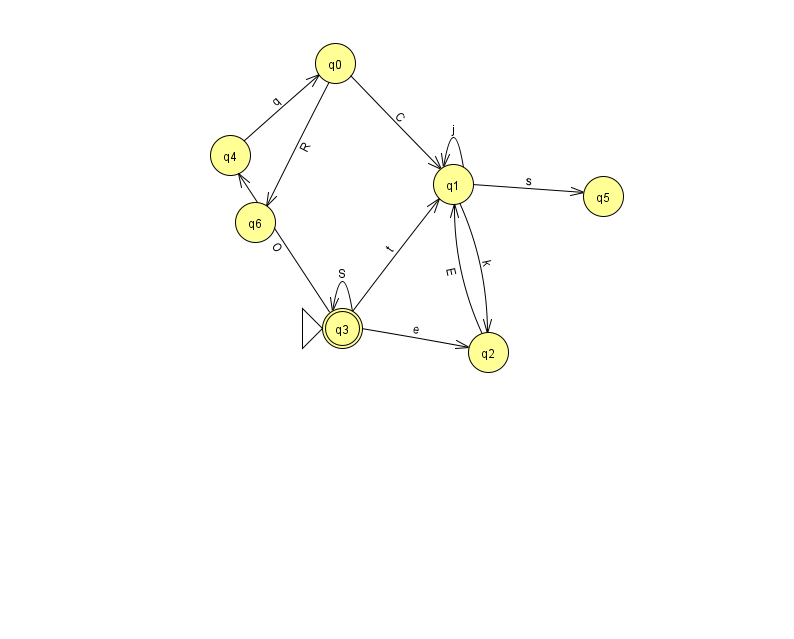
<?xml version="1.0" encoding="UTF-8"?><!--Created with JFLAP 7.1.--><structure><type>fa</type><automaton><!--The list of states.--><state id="0" name="q0"><x>335.0</x><y>50.0</y></state><state id="1" name="q1"><x>453.0</x><y>171.0</y></state><state id="2" name="q2"><x>488.0</x><y>339.0</y></state><state id="3" name="q3"><x>342.0</x><y>315.0</y><initial/><final/></state><state id="4" name="q4"><x>230.0</x><y>142.0</y></state><state id="5" name="q5"><x>603.0</x><y>183.0</y></state><state id="6" name="q6"><x>255.0</x><y>209.0</y></state><!--The list of transitions.--><transition><from>0</from><to>1</to><read>C</read></transition><transition><from>3</from><to>4</to><read>O</read></transition><transition><from>0</from><to>6</to><read>R</read></transition><transition><from>3</from><to>3</to><read>S</read></transition><transition><from>2</from><to>1</to><read>E</read></transition><transition><from>3</from><to>1</to><read>t</read></transition><transition><from>3</from><to>2</to><read>e</read></transition><transition><from>1</from><to>5</to><read>s</read></transition><transition><from>1</from><to>1</to><read>j</read></transition><transition><from>1</from><to>2</to><read>k</read></transition><transition><from>4</from><to>0</to><read>q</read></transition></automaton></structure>